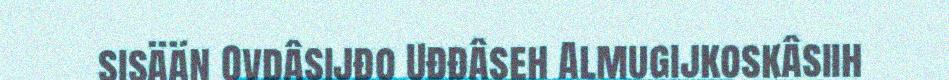
sisään Ovdâsijđo Uđđâseh Almugijkoskâsiih